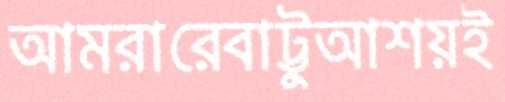
আমরারেবাট্টুআশয়ই